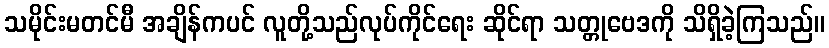
သမိုင်းမတင်မီ အချိန်ကပင် လူတို့သည်လုပ်ကိုင်ရေး ဆိုင်ရာ သတ္တုဗေဒကို သိရှိခဲ့ကြသည်။